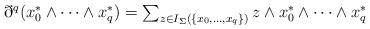
LaTeX: \begin{align*}\textstyle{\eth^q(x_0^\ast\wedge\cdots\wedge x_q^\ast)=\sum_{z\in I_\Sigma(\{x_0,\ldots,x_q\})} z\wedge x_0^\ast\wedge\cdots\wedge x_q^\ast\,}\end{align*}